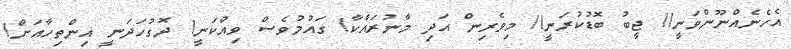
އެހެނެއްނޫންވަނީ!! ޖީބު ބޮޑުކުރަނީ!! މިވެރިން އަދި މާނުރައްކާ! ގައުމުވެސް ވިއްކަނީ! ދޮގުހަދަނީ އިންތިހާއަށް!